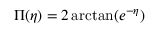
\Pi ( \eta ) = 2 \arctan ( e ^ { - \eta } )